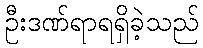
ဦးဒဏ်ရာရရှိခဲ့သည်